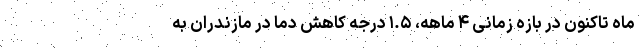
ماه تاکنون در بازه‌ زمانی ۴ ماهه، ۱.۵ درجه کاهش دما در مازندران به